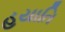
હયાતિ